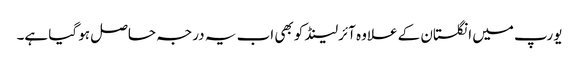
یورپ میں انگلستان کے علاوہ آئرلینڈ کو بھی اب یہ درجہ حاصل ہو گیا ہے۔